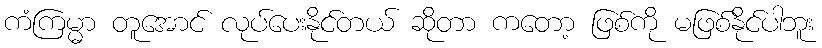
ကံကြမ္မာ တူအောင် လုပ်ပေးနိုင်တယ် ဆိုတာ ကတော့ ဖြစ်ကို မဖြစ်နိုင်ပါဘူး